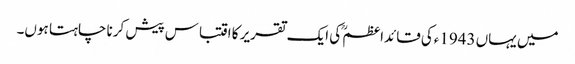
میں یہاں 1943ءکی قائداعظمؒ کی ایک تقریر کا اقتباس پیش کرنا چاہتا ہوں۔